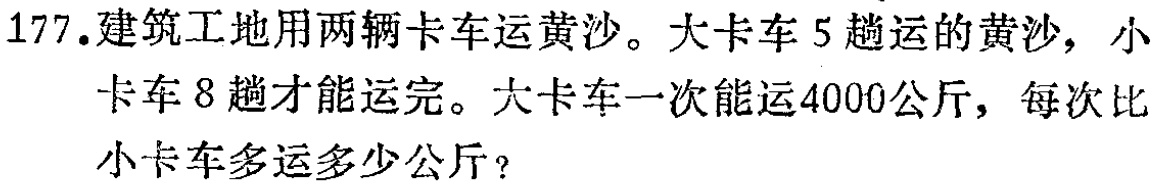
177.建筑工地用两辆卡车运黄沙。大卡车5趟运的黄沙，小卡车8趟才能运完。大卡车一次能运4000公斤，每次比小卡车多运多少公斤？